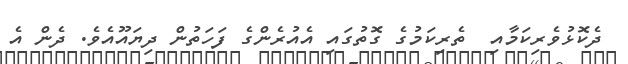
ދެކޮޅުވެރިކަމާއި  ތެރިކަމުގެ ގޮތުގައި އެއުރެންގެ ފަހަތުން ދިޔައޫއެވެ. ދެން އެ